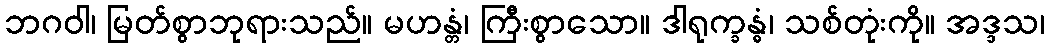
ဘဂဝါ၊ မြတ်စွာဘုရားသည်။ မဟန္တံ၊ ကြီးစွာသော။ ဒါရုက္ခန္ဓံ၊ သစ်တုံးကို။ အဒ္ဒသ၊